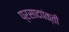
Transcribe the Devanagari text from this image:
प्रसादपंक्ती